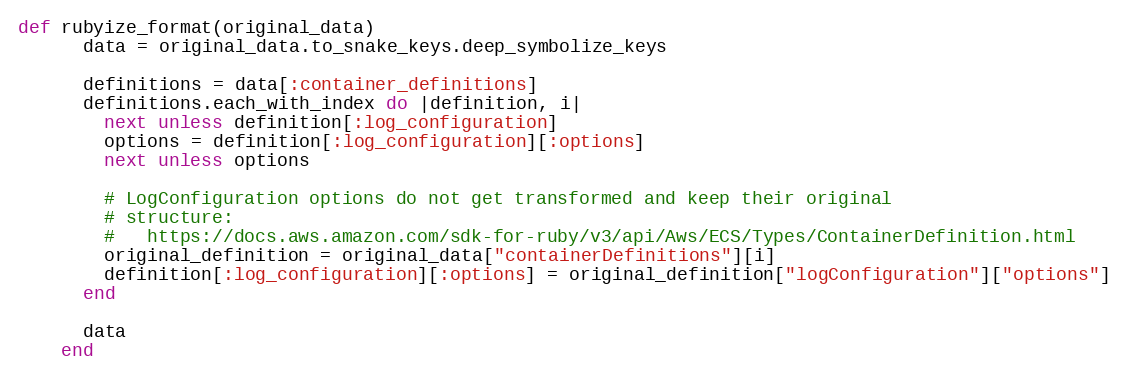
Language: Ruby
def rubyize_format(original_data)
      data = original_data.to_snake_keys.deep_symbolize_keys

      definitions = data[:container_definitions]
      definitions.each_with_index do |definition, i|
        next unless definition[:log_configuration]
        options = definition[:log_configuration][:options]
        next unless options

        # LogConfiguration options do not get transformed and keep their original
        # structure:
        #   https://docs.aws.amazon.com/sdk-for-ruby/v3/api/Aws/ECS/Types/ContainerDefinition.html
        original_definition = original_data["containerDefinitions"][i]
        definition[:log_configuration][:options] = original_definition["logConfiguration"]["options"]
      end

      data
    end